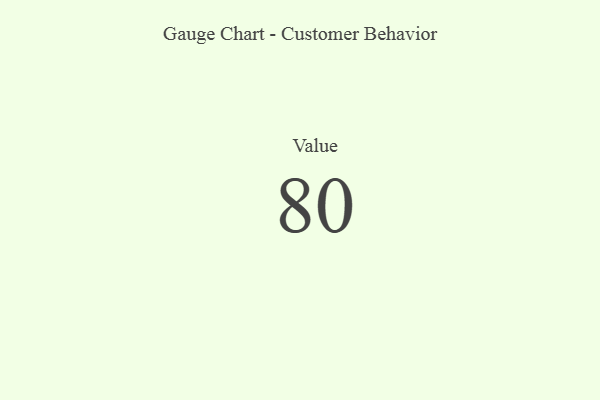
{"axis": {"x": "Metric", "y": "Value"}, "legend": [""], "data": [{"x": "Value", "y": 80, "type": ""}]}